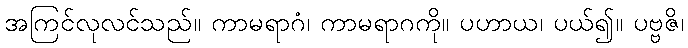
အကြင်လုလင်သည်။ ကာမရာဂံ၊ ကာမရာဂကို။ ပဟာယ၊ ပယ်၍။ ပဗ္ဗဇိ၊